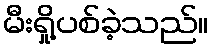
မီးရှို့ပစ်ခဲ့သည်။